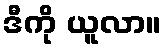
ဒီကို ယူလာ။